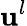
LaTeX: \mathbf{u}^{l}